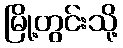
မြို့တွင်းသို့